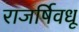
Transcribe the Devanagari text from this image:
राजर्षिवधू